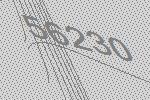
56230